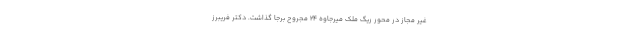
غیر مجاز در محور ریگ ملک میرجاوه ۲۴ مجروح برجا گذاشت. دکتر فریبرز